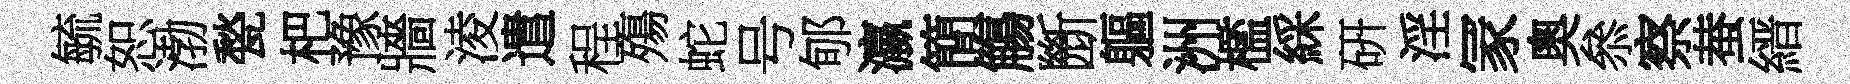
毓恕渤甃杷豫牆淩遣程殤蛇号郇瀛簡觴㫁軀洲檻綵硏淫冡奧叅察蛬縉